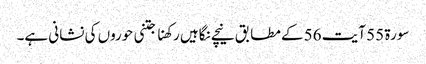
سورۃ 55 آیت 56 کے مطابق نیچے نگاہیں رکھنا جتنی حوروں کی نشانی ہے۔